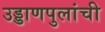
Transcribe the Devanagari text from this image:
उड्डाणपुलांची